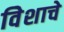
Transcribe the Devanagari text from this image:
विेशाचे